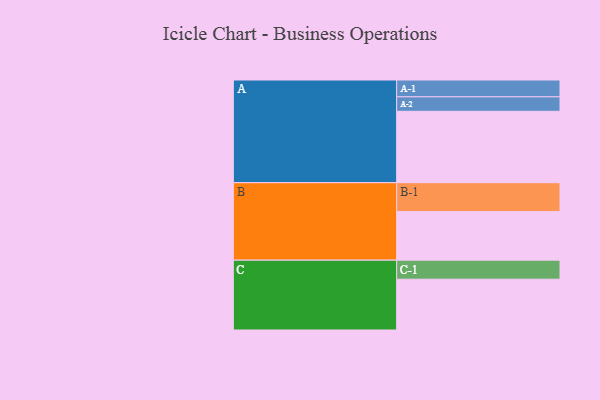
{"axis": {"x": "Segment", "y": "Value"}, "legend": ["", "A", "B", "C"], "data": [{"x": "A", "y": 552, "type": ""}, {"x": "B", "y": 376, "type": ""}, {"x": "C", "y": 393, "type": ""}, {"x": "A-1", "y": 130, "type": "A"}, {"x": "A-2", "y": 112, "type": "A"}, {"x": "B-1", "y": 223, "type": "B"}, {"x": "C-1", "y": 147, "type": "C"}]}